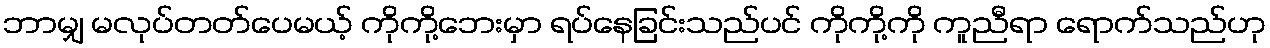
ဘာမျှ မလုပ်တတ်ပေမယ့် ကိုကို့ဘေးမှာ ရပ်နေခြင်းသည်ပင် ကိုကို့ကို ကူညီရာ ရောက်သည်ဟု